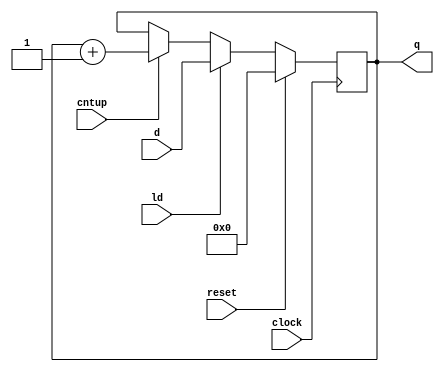
module cjb_nbit_cntup_v (d, ld, reset, cntup, clock, q);

parameter n = 8;

input       [n-1:0] d;
input               ld, reset, cntup, clock;
output reg  [n-1:0] q;

// behavioral n-bit register instantiation
always @(posedge clock)
  if (reset == 1'b1) q = 0;
  else if (ld == 1'b1) q = d;
  else if (cntup == 1'b1)
    q <= q + 1'b1;
  else q = q;

endmodule